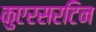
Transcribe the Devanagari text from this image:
कुएरसरटिन